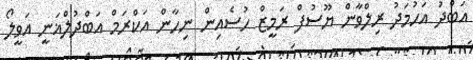
އަބްދު އަހުމަދު ރިލްވާން ޔޫސުފް ރަމީޒް ހުސެއިން ނިހާން އަކްރަމް އަބްދުލްޣަނީ އަވީލޯ